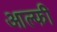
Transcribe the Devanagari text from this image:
आल्फी